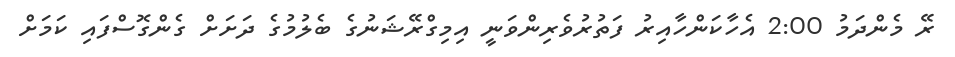
ރޭ މެންދަމު 2:00 އެހާކަންހާއިރު ފަތުރުވެރިންވަނީ އިމިގްރޭޝަނުގެ ބެލުމުގެ ދަށަށް ގެންގޮސްފައި ކަމަށް